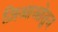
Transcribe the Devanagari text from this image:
ज़िआओतुन